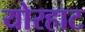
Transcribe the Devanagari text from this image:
योरहाट